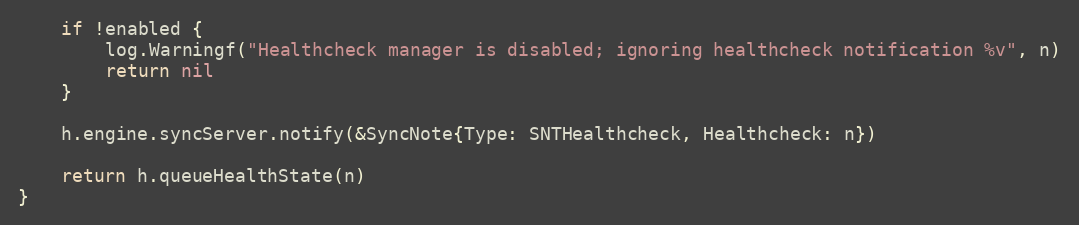
Language: Go
	if !enabled {
		log.Warningf("Healthcheck manager is disabled; ignoring healthcheck notification %v", n)
		return nil
	}

	h.engine.syncServer.notify(&SyncNote{Type: SNTHealthcheck, Healthcheck: n})

	return h.queueHealthState(n)
}